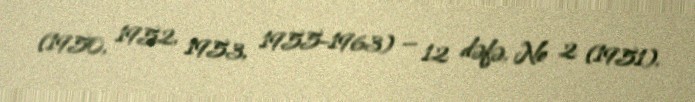
(1950, 1952, 1953, 1955–1963) — 12 dəfə, № 2 (1951).